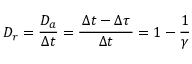
D _ { r } = \frac { D _ { a } } { \Delta t } = \frac { \, \Delta t - \Delta \tau \, } { \Delta t } = 1 - \frac { 1 } { \gamma }